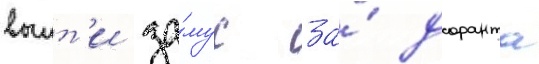
выит'и за́муж за́ доранта